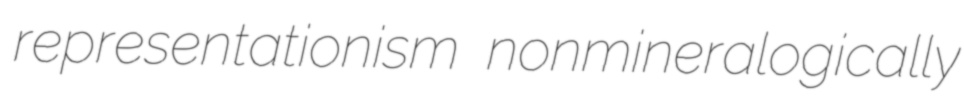
representationism nonmineralogically